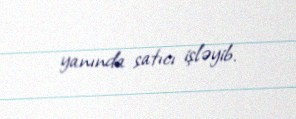
yanında satıcı işləyib.